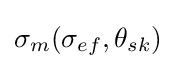
{{\sigma }_{m}}({{\sigma }_{ef}},{{\theta }_{sk}})